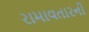
રામાવતારની